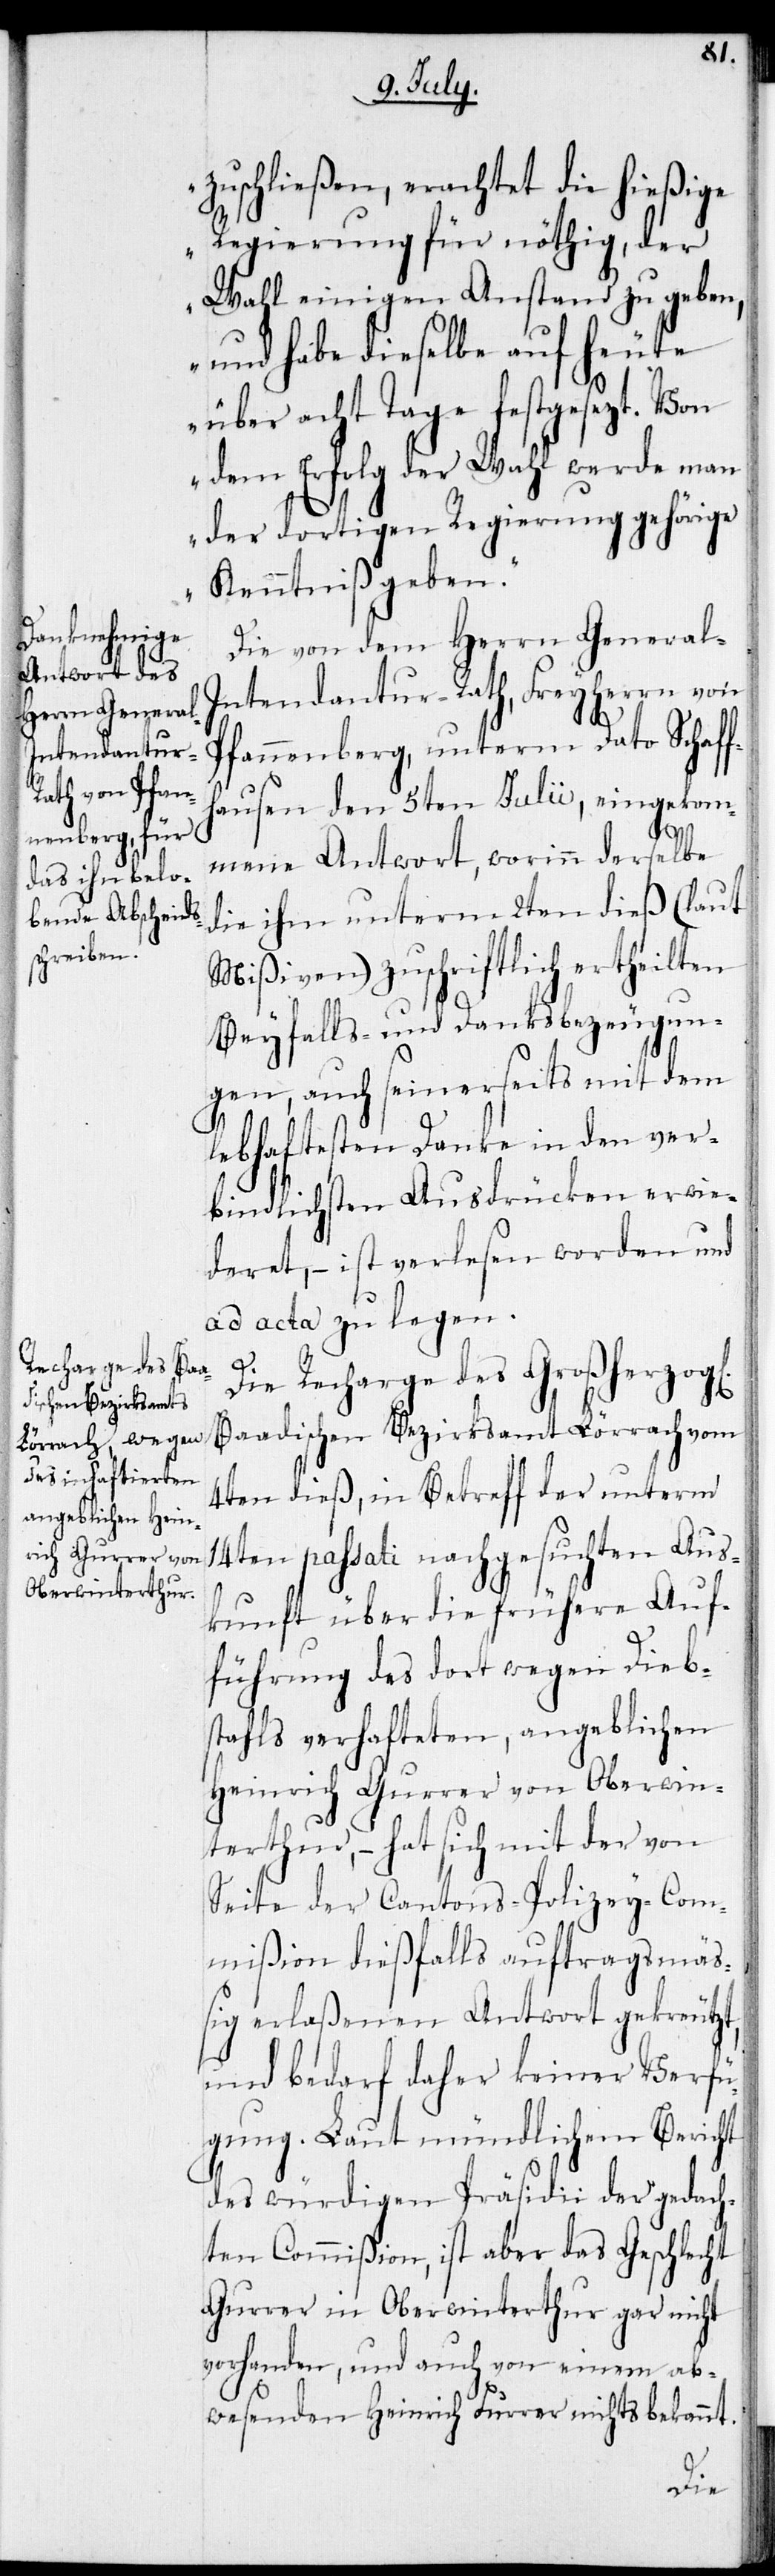
zuschließen, erachtet die hießige
Regierung für nöthig, der
Wahl einigen Anstand zu geben,
und habe dieselbe auf heute
über acht Tage festgesezt. Von
dem Erfolg der Wahl werde man
der dortigen Regierung gehörige
Kenntniß geben.“
Die von dem Herrn General-I¬
ntendantur-Rath, Freyherrn von
Pfannenberg, unterm 5ten Julii,
ich]
mmene Antwort, worinn derselbe
die ihm unterm 2ten dieß (laut
Mißiven) zuschriftlich ertheilten
Beyfalls- und Danksbezeugun¬
gen, auch seinerseits mit dem
lebhaftesten Danke in den ver¬
bindlichsten Ausdrücken erwie¬
deret, – ist verlesen worden und
ad acta zu legen.
Die Recharge des Großherzog[l¬
Baadischen Bezirksamt Lörrach vom
4ten dieß, in Betreff der unterm
14ten passati nachgesuchten Aus¬
kunft über die frühere Auf¬
führung des dort wegen Dieb¬
stahls verhafteten, angeblichen
Heinrich Gurrer von Oberwin¬
terthur, – hat sich mit der von
Seite der Cantons-Polizey-Com¬
mision dießfalls auftragsmä¬
ßig erlaßenen Antwort gekreutzt,
und bedarf daher keiner Verfü¬
gung. Laut mündlichem Bericht
des würdigen Präsidii der gedach¬
ten Commißion, ist aber das Geschlecht
Gurrer in Oberwinterthur gar nicht
vorhanden, und auch von einem ab¬
wesenden Heinrich Furrer nichts bekannt.